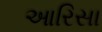
આરિસા